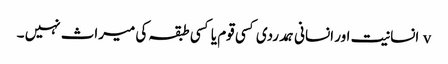
v	انسانیت اور انسانی ہمدردی کسی قوم یا کسی طبقہ کی میراث نہیں ۔